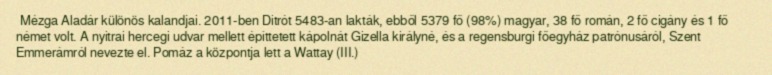
Mézga Aladár különös kalandjai. 2011-ben Ditrót 5483-an lakták, ebből 5379 fő (98%) magyar, 38 fő román, 2 fő cigány és 1 fő német volt. A nyitrai hercegi udvar mellett építtetett kápolnát Gizella királyné, és a regensburgi főegyház patrónusáról, Szent Emmerámról nevezte el. Pomáz a központja lett a Wattay (III.)